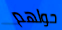
حولهم